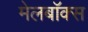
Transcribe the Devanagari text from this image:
मेलबाॅक्स